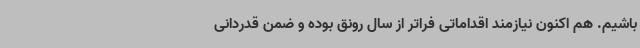
باشیم. هم اکنون نیازمند اقداماتی فراتر از سال رونق بوده و ضمن قدردانی